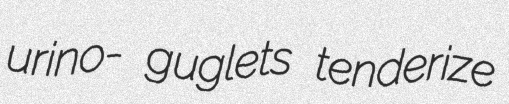
urino- guglets tenderize